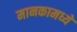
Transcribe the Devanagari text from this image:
मानकामध्ये